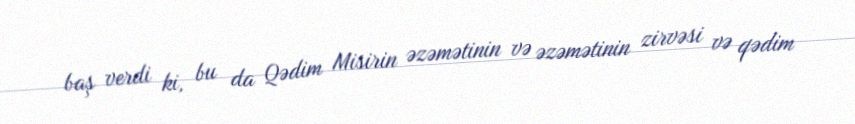
baş verdi ki, bu da Qədim Misirin əzəmətinin və əzəmətinin zirvəsi və qədim